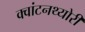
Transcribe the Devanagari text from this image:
क्‍वांटनथ्‍योरी